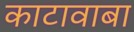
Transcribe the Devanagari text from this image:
काटावाबा